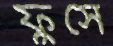
ফুঁসে